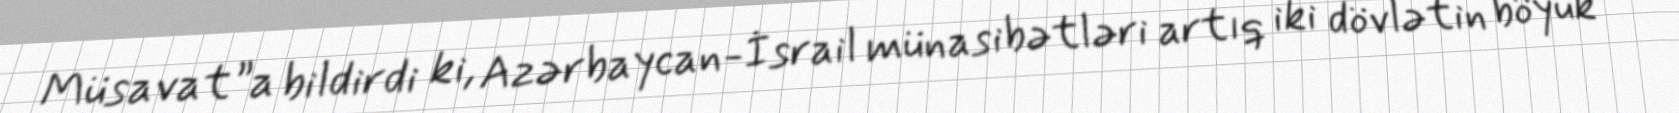
Müsavat”a bildirdi ki, Azərbaycan-İsrail münasibətləri artıq iki dövlətin böyük